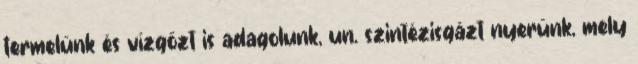
termelünk és vízgőzt is adagolunk, un. szintézisgázt nyerünk, mely